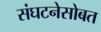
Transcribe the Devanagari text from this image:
संघटनेसोबत